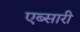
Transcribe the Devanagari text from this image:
एब्सारी